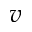
v